Report on the working of the Ranchi Indian Mental Hospital, Kanke, in Bihar and Orissa - 1930-1940
Year: 1930
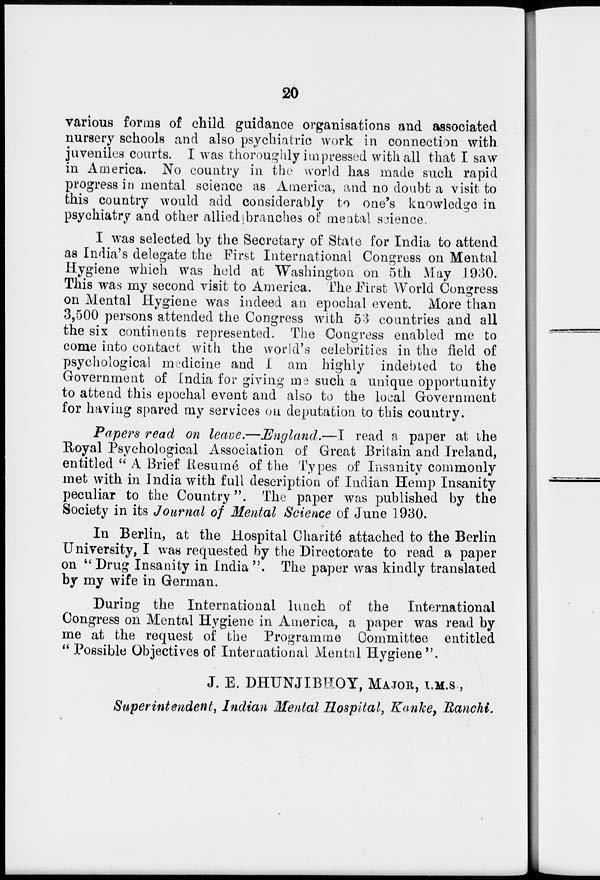
20
various forms of child guidance organisations and associated
nursery schools and also psychiatric work in connection with
juveniles courts. I was thoroughly impressed with all that I saw
in America. No country in the world has made such rapid
progress in mental science as America, and no doubt a visit to
this country would add considerably to one's knowledge in
psychiatry and other allied branches of mental science.
I was selected by the Secretary of State for India to attend
as India's delegate the First International Congress on Mental
Hygiene which was held at Washington on 5th May 1930.
This was my second visit to America. The First World Congress
on Mental Hygiene was indeed an epochal event. More than
3,500 persons attended the Congress with 53 countries and all
the six continents represented. The Congress enabled me to
come into contact with the world's celebrities in the field of
psychological medicine and I am highly indebted to the
Government of India for giving me such a unique opportunity
to attend this epochal event and also to the local Government
for having spared my services on deputation to this country.
Papers read on leave.—England.—I
read a paper at the
Royal Psychological Association of Great Britain and Ireland,
entitled " A Brief Resumé of the Types of Insanity commonly
met with in India with full description of Indian Hemp Insanity
peculiar to the Country". The paper was published by the
Society in its Journal of Mental Science of June 1930.
In Berlin, at the Hospital Charité attached to the Berlin
University, I was requested by the Directorate to read a paper
on " Drug Insanity in India ". The paper was kindly translated
by my wife in German.
During the International lunch of the International
Congress on Mental Hygiene in America, a paper was read by
me at the request of the Programme Committee entitled
" Possible Objectives of International Mental Hygiene".
J. E. DHUNJIBHOY, MAJOR, I.M.S.,
Superintendent, Indian Mental Hospital, Kanke, Ranchi.